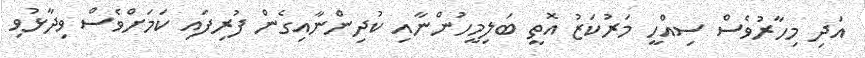
އަދި މިހާރުވެސް ސިއްހީ މަރުކަޒު އޮތީ ބަލިމީހުންނާއި ކުދިންނާއިގެން ފުރިފައި ކަމަށްވެސް ވިދާޅުވި